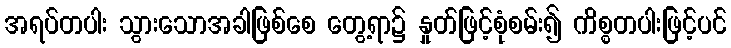
အရပ်တပါး သွားသောအခါဖြစ်စေ တွေ့ရာ၌ နှုတ်ဖြင့်စုံစမ်း၍ ကိစ္စတပါးဖြင့်ပင်